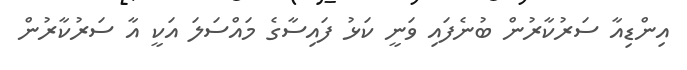
އިންޑިއާ ސަރުކާރުން ބުނެފައި ވަނީ ކަޅު ފަައިސާގެ މައްސަލަ އަކީ އާ ސަރުކާރުން